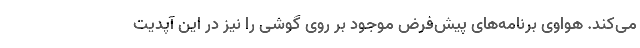
می‌کند. هواوی برنامه‌های پیش‌فرض موجود بر روی گوشی را نیز در این آپدیت